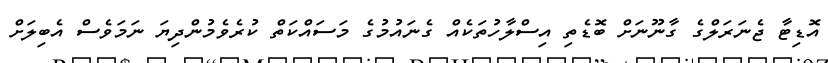
އޮޑިޓާ ޖެނަރަލްގެ ގާނޫނަށް ބޮޑެތި އިސްލާހުތަކެއް ގެނައުމުގެ މަސައްކަތް ކުރެވެމުންދިޔަ ނަމަވެސް އެބިލަށް